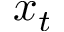
x _ { t }